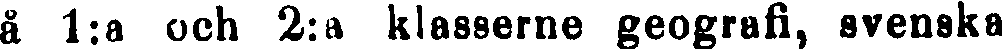
å 1:a och 2:a klasserne geografi, svenska